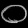
Digit: ၀